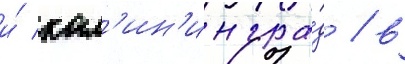
и́ кал'ин'ингра́д / в